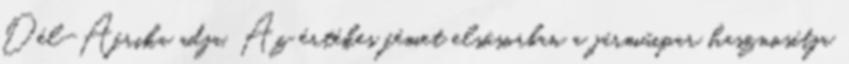
Dél-Afrika adja. Az értékes fémet elsősorban a járműipar hasznosítja